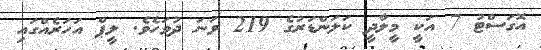
އޮގަސްޓު 7 އަކީ މީލާދީ ކަލަންޑަރުގެ 219 ވަނަ ދުވަހެވެ. ލީޕް އަހަރެއްގައި